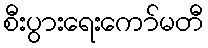
စီးပွားရေးကော်မတီ